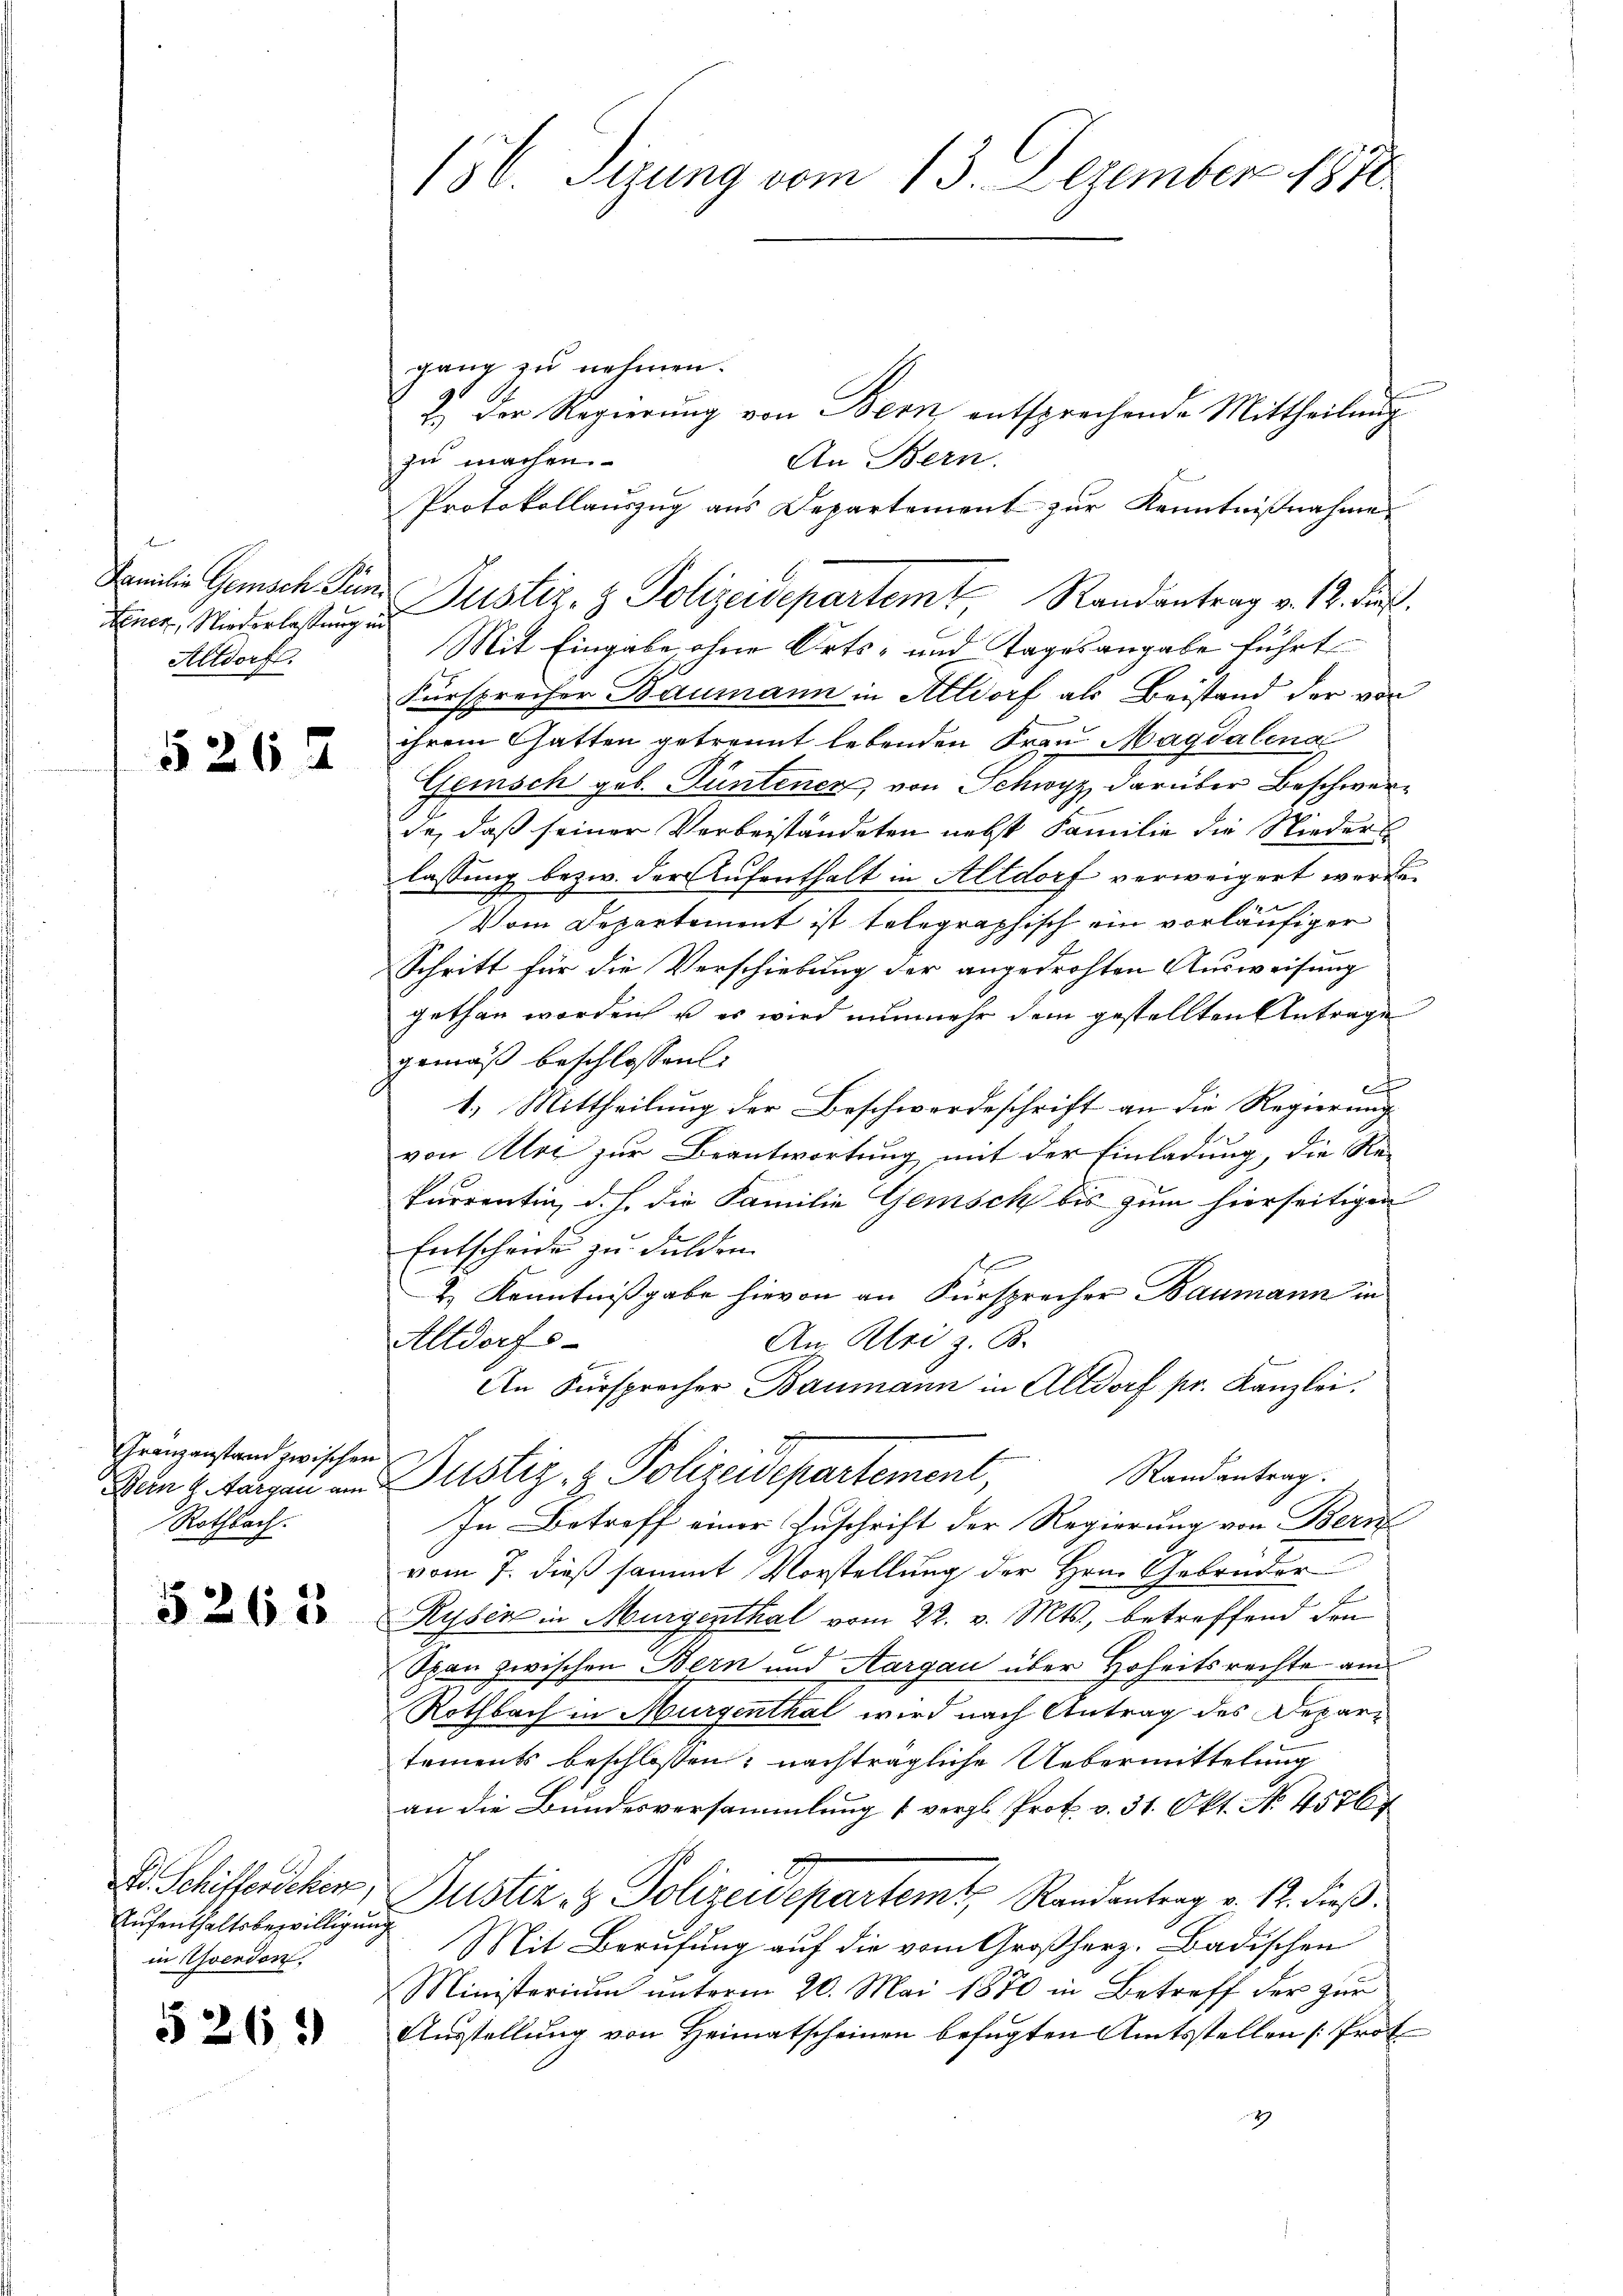
Familie Gemisch Puc
Fenez, Niederlassung
Altdorf.

526 x

Granzanstand zwischen
Rothbach.

5265

Dr. Schifferdehen.
Aufenthaltsbewilligung
in Yverdon,

526.

150. Sizung vom 13. Dezember 1870

gang zu nehmen.
2.) Der Regierŭng von Bern entsprechende Mittheilung
zu machen.
An Bern.
Protokollauszug aus Departement zur Kenntnißnahme
Fürsprecher Baumann in Altdorf als Beistand der von
ihrem Gatten getrennt lebenden Frau Magdalena
Gemisch geb. Güntenen, von Schwyz darüber Beschwerde, daß seiner Verbeiständeten nebst Familie die Niederlassung bezw. der Aufenthalt in Altdorf verweigert werde
e
Vom Departement ist telegraphisch ein vorläufiger
Schritt für die Verschiebung der angedrohten Ausweisung
gethan worden u es wird nunmehr dem gestellten Antrage
gemäß beschlossen:
c
1.) Mittheilung der Beschwerdeschrift an die Regierung
von Alot zur Beantwortung mit der Einladung, die Rekurrentin, d. h. die Familie Gemisch bis zum hierseitigen
Entscheide zu Fulden.
1
& Kenntnißgabe hievon an Fürsprecher Baumann in
An Klei z. B.
Altdorfs
An Fürsprecher Baumann in Altdorf pr. Kanzlei.
Randantrag.
Den 8. Tagen in Justiz - Polizeidepartement,
In Betreff einer Zuschrift der Regierung von Bern
vom 7. dieß sammt Vorstellung der Hrn. Gebrüder

Rysen in Murgenthal vom 22. v. Mts., betreffend den
Span zwischen Bern und Aargau über Hoheitsrechte am
Rothbach in Murgenthal wird nach Antrag des Departements beschlossen: nachträgliche Uebermittelung
an die Bundesversammlung (vergl. Prot. v. 31. Okt. N. 4576
Justiz & Polizeidepartemt, Randantrag v. 12. dieß.
Mit Berufung auf die vom Großherz. Badischen
Ministerium unterm 20. Mai 1880 in Betreff der zur
Ausstellung von Heimatscheinen befugten Amtsstellen [Prot
2

u Justiz- & Polizeidepartem Randantrag v. 12. Ju
Mit Eingabe ohne Orts- und Tagesangabe führt

ud